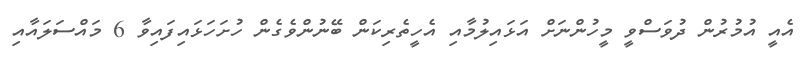
އެއީ އުމުރުން ދުވަސްވީ މީހުންނަށް އަޅައިލުމާއި އެހީތެރިކަން ބޭނުންވެގެން ހުށަހަޅައިފައިވާ 6 މައްސަލައާއި